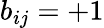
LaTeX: b_{ij}=+1